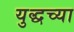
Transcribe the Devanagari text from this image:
युद्धच्या